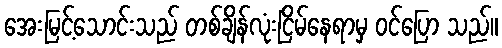
အေးမြင့်သောင်းသည် တစ်ချိန်လုံးငြိမ်နေရာမှ ဝင်ပြော သည်။